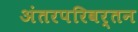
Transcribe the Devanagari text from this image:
अंतरपरिवर्तन